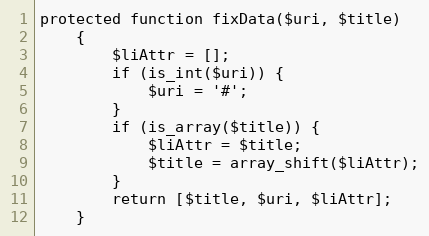
Language: PHP
protected function fixData($uri, $title)
    {
        $liAttr = [];
        if (is_int($uri)) {
            $uri = '#';
        }
        if (is_array($title)) {
            $liAttr = $title;
            $title = array_shift($liAttr);
        }
        return [$title, $uri, $liAttr];
    }